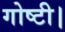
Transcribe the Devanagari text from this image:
गोष्टी।